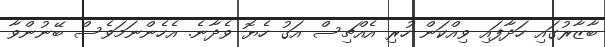
ބާޒާރުގައި ހަދާފައި ވިއްކަން ހުރި އެއްޗިސް އަގު ހެޔޮ ވެދާނެ. އެހެންނަމަވެސް ބޭނުންވާ